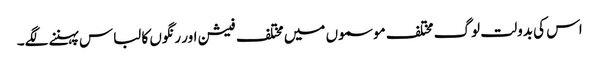
اس کی بدولت لوگ مختلف موسموں میں مختلف فیشن اور رنگوں کا لباس پہننے لگے۔